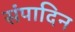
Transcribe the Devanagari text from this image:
संपादिन